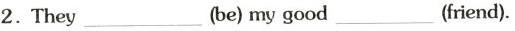
2.They ___ (be) my good ___ (friend).